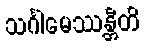
သင်္ဂါမေဿန္တီတိ